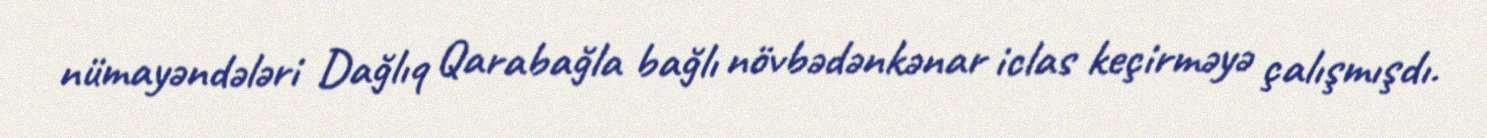
nümayəndələri Dağlıq Qarabağla bağlı növbədənkənar iclas keçirməyə çalışmışdı.